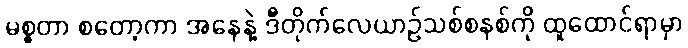
မစ္စတာ စတော့ကာ အနေနဲ့ ဒီတိုက်လေယာဉ်သစ်စနစ်ကို ထူထောင်ရာမှာ